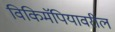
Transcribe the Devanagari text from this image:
विकिमॅपियावरील